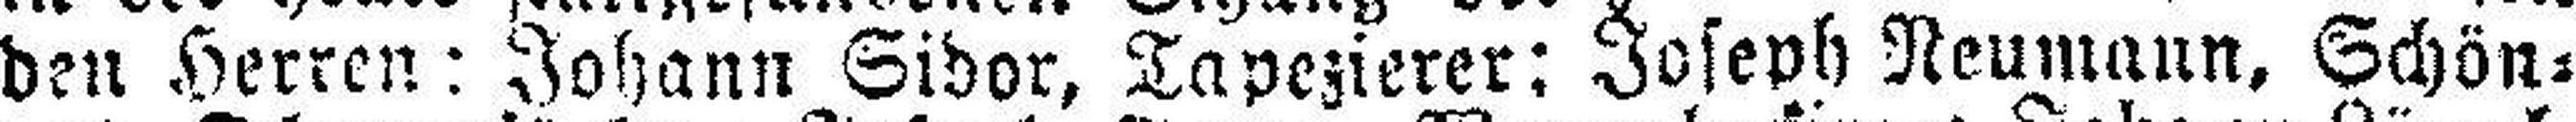
den Herren: Johann Sidor, Tapezierer: Joseph Neumann, Schön=